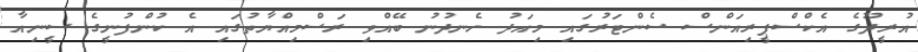
އުރީދޫގެ އެކްސްޕީރިއަންސް ސެންޓަރުގައި މިއަދު ހެނދުނު ބޭއްވި ރަސްމިއްޔާތުގައި އެ ކުންފުނީގެ ސީނިއާ